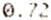
0.72